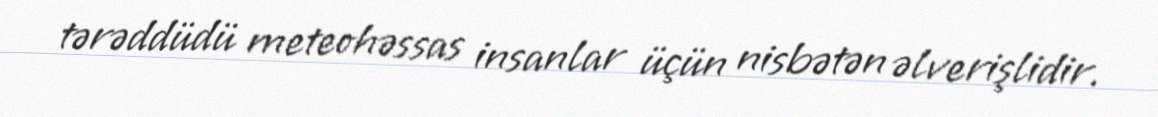
tərəddüdü meteohəssas insanlar üçün nisbətən əlverişlidir.